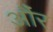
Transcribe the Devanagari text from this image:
औंर